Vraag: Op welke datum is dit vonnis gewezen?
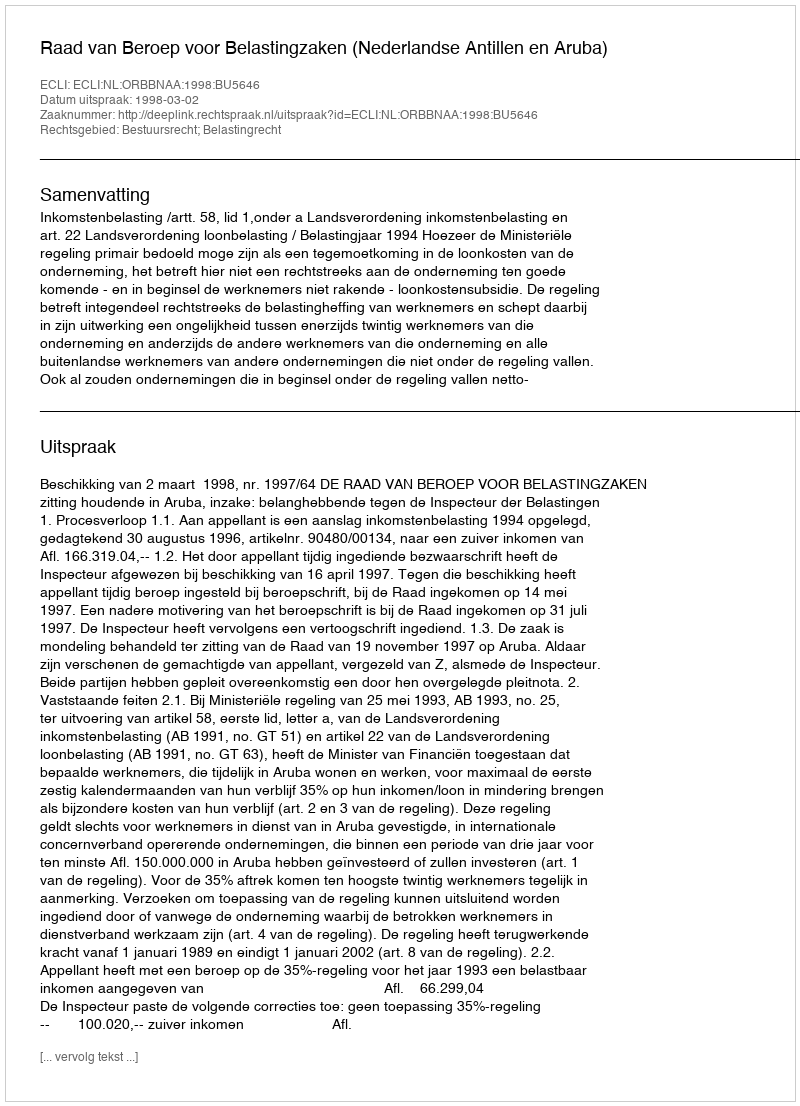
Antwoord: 1998-03-02